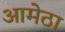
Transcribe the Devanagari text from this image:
आमेठा